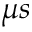
\mu s